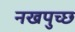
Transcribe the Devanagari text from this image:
नखपुच्छ